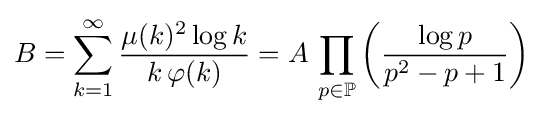
B=\sum _{k=1}^{\infty }{\frac {\mu (k)^{2}\log k}{k\,\varphi (k)}}=A\,\prod _{p\in \mathbb {P} }\left({\frac {\log p}{p^{2}-p+1}}\right)